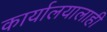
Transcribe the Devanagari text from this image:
कार्यालयालाही